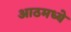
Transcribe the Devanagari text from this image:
आठमध्ये